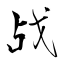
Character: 战